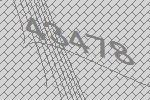
43478